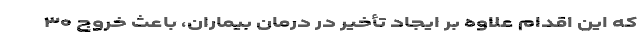
که این اقدام علاوه بر ایجاد تأخیر در درمان بیماران، باعث خروج ۳۰